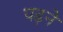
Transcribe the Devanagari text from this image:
पढ़नें